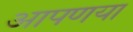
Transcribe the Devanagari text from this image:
आपणया